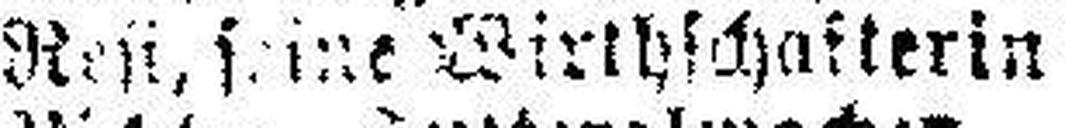
Resi, seine Wirthschafterin